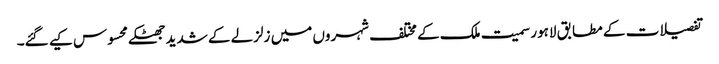
تفصیلات کے مطابق لاہور سمیت ملک کے مختلف شہروں میں زلزلے کے شدید جھٹکے محسوس کیے گئے۔